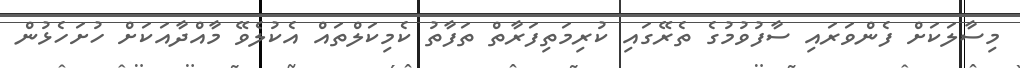
މިސާލަކަށް ފެންވަރައި ސާފުވުމުގެ ތެރޭގައި ކުރިމަތިފަރާތް ތަފާތު ކެމިކަލްތައް އެކުލެވޭ މާއްދާއަކަށް ހުށަހެޅުން